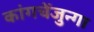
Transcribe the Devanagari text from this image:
कांगचेंजुन्गा